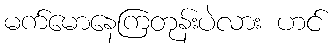
မက်မောနေကြတုန်းပဲလား ဟင်